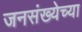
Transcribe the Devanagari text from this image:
जनसंख्येच्या